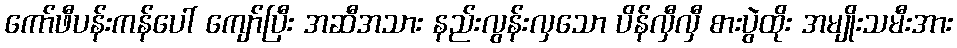
ကော်ဖီပန်းကန်ပေါ် ကျော်ပြီး အဆီအသား နည်းလွန်းလှသော ပိန်လှီလှီ စားပွဲထိုး အမျိုးသမီးအား